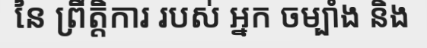
នៃ ព្រឹត្តិការ របស់ អ្នក ចម្បាំង និង